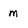
Character: m